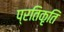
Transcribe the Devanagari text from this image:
प्रतिकृति